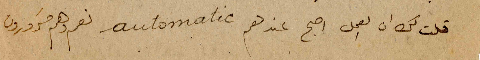
قلت لك ان العمل اصبح عندهم automatic نعم وهم مَسرورون